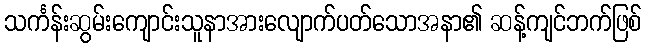
သင်္ကန်းဆွမ်းကျောင်းသူနာအားလျောက်ပတ်သောအနာ၏ ဆန့်ကျင်ဘက်ဖြစ်